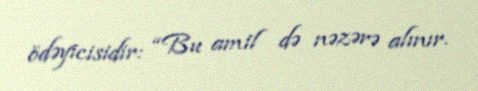
ödəyicisidir: “Bu amil də nəzərə alınır.